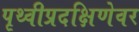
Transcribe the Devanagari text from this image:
पृथ्वीप्रदक्षिणेवर